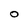
Character: O